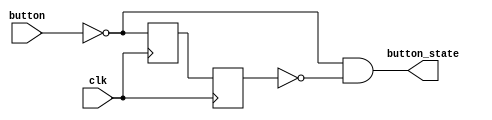
module one_shot(
	input button, clk,
	output button_state
);
reg FlipFlop1;
reg FlipFlop2;

always@(posedge clk)
begin
	FlipFlop1 <= ~button;
	FlipFlop2 <= FlipFlop1;
end
assign button_state = ~button & ~FlipFlop2;
endmodule